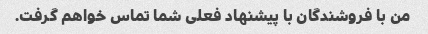
من با فروشندگان با پیشنهاد فعلی شما تماس خواهم گرفت.